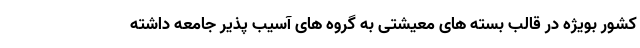
کشور بویژه در قالب بسته های معیشتی به گروه های آسیب پذیر جامعه داشته